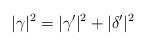
LaTeX: \begin{align*}|\gamma|^2=|\gamma'|^2+|\delta'|^2\end{align*}